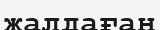
жалдаған